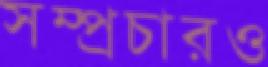
সম্প্রচারও